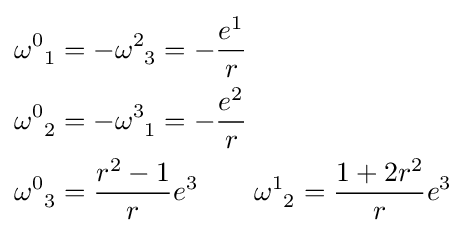
{\begin{aligned}\omega _{\;\;1}^{0}&=-\omega _{\;\;3}^{2}=-{\frac {e^{1}}{r}}\\\omega _{\;\;2}^{0}&=-\omega _{\;\;1}^{3}=-{\frac {e^{2}}{r}}\\\omega _{\;\;3}^{0}&={\frac {r^{2}-1}{r}}e^{3}\quad \quad \omega _{\;\;2}^{1}={\frac {1+2r^{2}}{r}}e^{3}\\\end{aligned}}